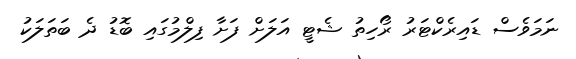
ނަމަވެސް ޑައިރެކްޓަރު ރޯހިތު ޝެޓީ އަލަށް ފަށާ ފިލްމުގައި ބޮޑު ދެ ބަތަލަކު